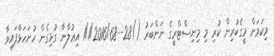
މިކަމަށް މީގެކުރިން ކުރި މި މިނިސްޓްރީގެ ނަންބަރު ()28--1/1/2016/68 އިޢުލާނާ ގުޅިގެން ހުށަހަޅާފައިވާ